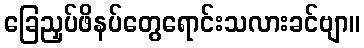
ခြေညှပ်ဖိနပ်တွေရောင်းသလားခင်ဗျာ။